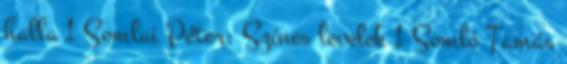
halla 1 Somlai Péter: Színes levelek 1 Somló Tamás